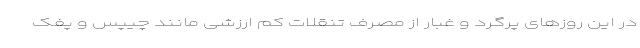
در این روزهای پرگرد و غبار از مصرف تنقلات کم ‌ارزشی مانند چیپس و پفک